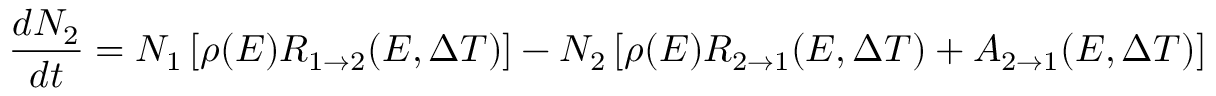
\frac { d N _ { 2 } } { d t } = N _ { 1 } \left[ \rho ( E ) R _ { 1 \rightarrow 2 } ( E , \Delta T ) \right] - N _ { 2 } \left[ \rho ( E ) R _ { 2 \rightarrow 1 } ( E , \Delta T ) + A _ { 2 \rightarrow 1 } ( E , \Delta T ) \right]